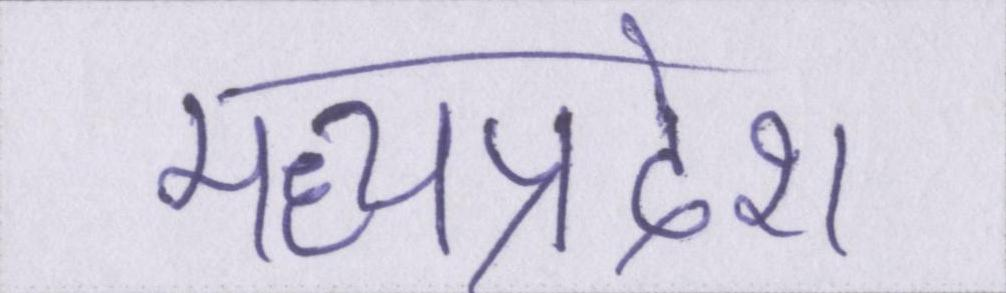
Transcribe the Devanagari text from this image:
मध्यप्रदेश